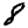
Digit: 8